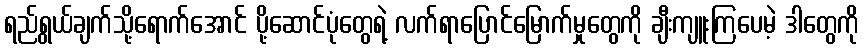
ရည်ရွယ်ချက်သို့ရောက်အောင် ပို့ဆောင်ပုံတွေရဲ့ လက်ရာပြောင်မြောက်မှုတွေကို ချီးကျူးကြပေမဲ့ ဒါတွေကို